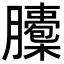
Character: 𦢭